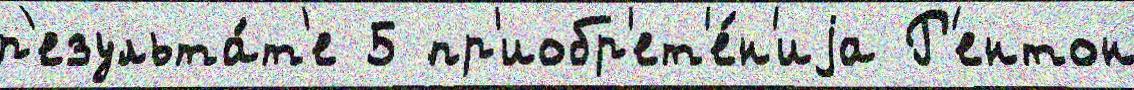
р'езульта́т'е 5 пр'иобр'ет'е́н'иjа Р'ентон